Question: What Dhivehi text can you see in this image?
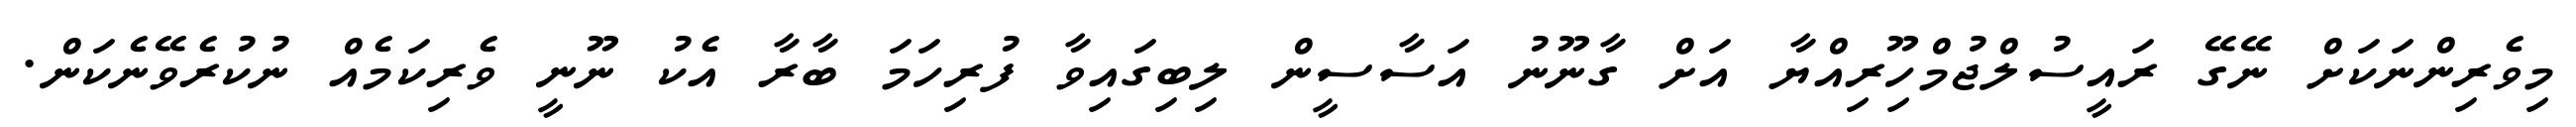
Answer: މިވެރިންނަކަށް ނޭގޭ ރައީސުލްޖުމްހޫިރިއްޔާ އަށް ގާނޫނު އަސާސީން ލިބިގައިވާ ފުރިހަމަ ބާރާ އެކު ނޫނީ ވެރިކަމެއް ނުކުރެވޭނެކަން.